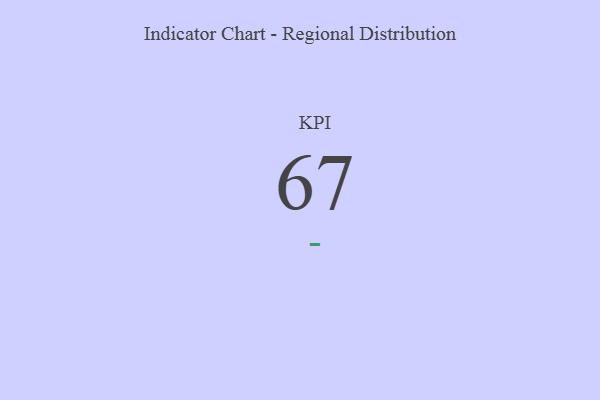
{"axis": {"x": "KPI", "y": "Value"}, "legend": [""], "data": [{"x": "KPI", "y": 67, "type": ""}]}